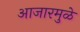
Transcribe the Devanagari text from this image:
आजारमुळे